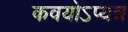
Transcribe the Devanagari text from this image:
कवयोऽप्यत्र